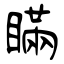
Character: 瞞